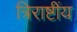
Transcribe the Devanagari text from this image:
त्रिराष्टींय